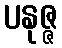
ပနုဇ္ဇ